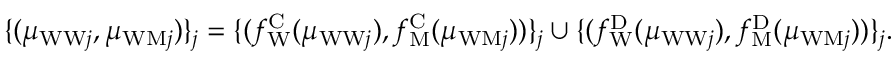
\begin{array} { r } { \{ ( \mu _ { \mathrm { W W } j } , \mu _ { \mathrm { W M } j } ) \} _ { j } = \{ ( f _ { \mathrm { W } } ^ { \mathrm { C } } ( \mu _ { \mathrm { W W } j } ) , f _ { \mathrm { M } } ^ { \mathrm { C } } ( \mu _ { \mathrm { W M } j } ) ) \} _ { j } \cup \{ ( f _ { \mathrm { W } } ^ { \mathrm { D } } ( \mu _ { \mathrm { W W } j } ) , f _ { \mathrm { M } } ^ { \mathrm { D } } ( \mu _ { \mathrm { W M } j } ) ) \} _ { j } . } \end{array}